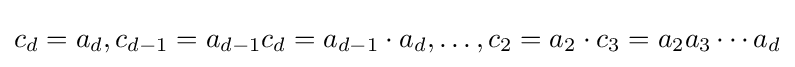
c_{d}=a_{d},c_{d-1}=a_{d-1}c_{d}=a_{d-1}\cdot a_{d},\ldots ,c_{2}=a_{2}\cdot c_{3}=a_{2}a_{3}\cdots a_{d}